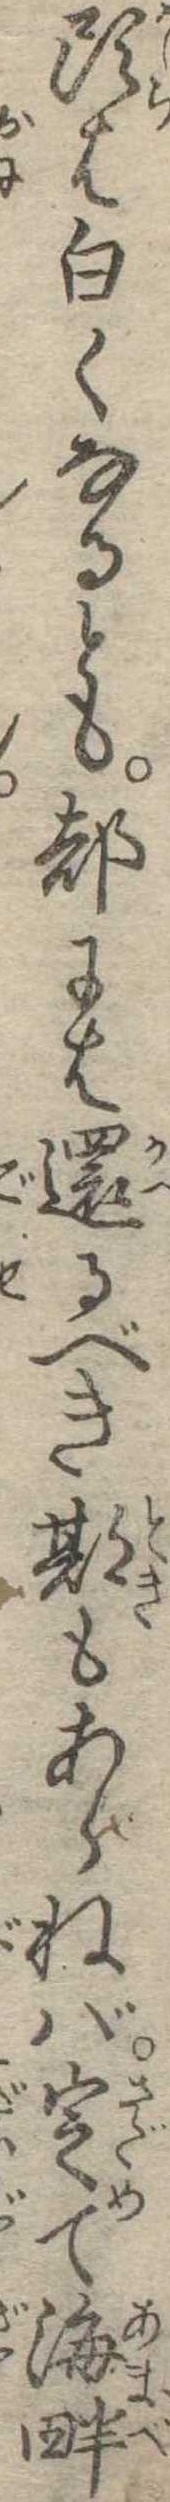
頭は白くなるとも都には還るべき期もあらねば定て海畔